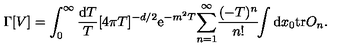
\Gamma [ V ] = \int _ { 0 } ^ { \infty } { \frac { \mathrm { d } T } { T } } [ 4 \pi T ] ^ { - d / 2 } \mathrm { e } ^ { - m ^ { 2 } T } { \sum _ { n = 1 } ^ { \infty } } { \frac { ( - T ) ^ { n } } { n ! } } \! \! \int \mathrm { d } x _ { 0 } \mathrm { t r } O _ { n } .